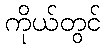
ကိုယ်တွင်